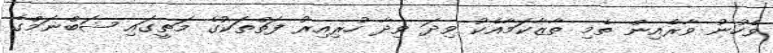
ވެހުނު ވާރެއިން ތެމި ތާޒާކަމާއެކު ވިދަ ވިދާ ހުރިއިރު ފަތްތަކުގެ މަތީގައި ޝަބްނަމްގެ